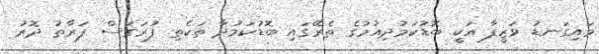
މައިގަނޑު ވަޒީފާ އަކީ ބޮޑުކަމުދިއުމުގެ ތެރޭގައި ބޮޑުކަމުދާ ތަކެތި ފުރަގަސް ފަރާތު ދޮރު